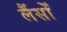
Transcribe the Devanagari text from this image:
लैंसोँ